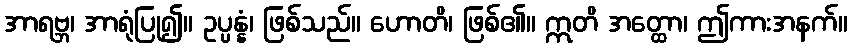
အာရဗ္ဘ၊ အာရုံပြု၍။ ဥပ္ပန္နံ၊ ဖြစ်သည်။ ဟောတိ၊ ဖြစ်၏။ ဣတိ အတ္ထော၊ ဤကားအနက်။